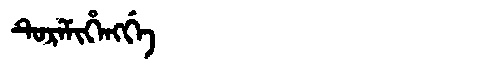
Manchu: ᡨᡠᡵᡝᠮᡳᡥᡝᠩᡤᡝ
Romanization: TUREMIHENGGE